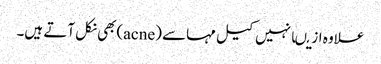
علاوہ ازیںانہیں کیل مہاسے (acne)بھی نکل آتے ہیں۔